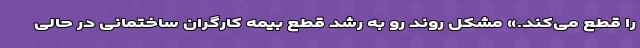
را قطع می‌کند.» مشکل روند رو به رشد قطع بیمه کارگران ساختمانی در حالی